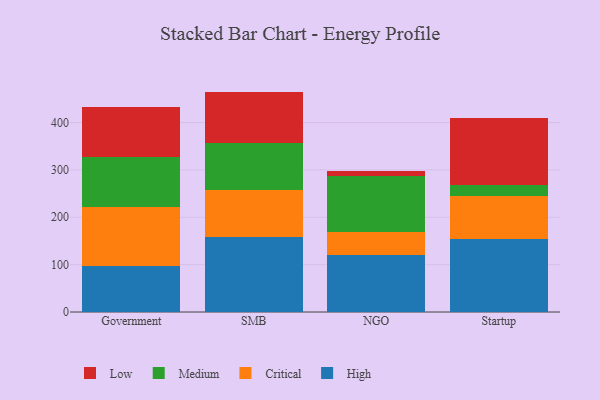
{"axis": {"x": "Segment", "y": "Page Views"}, "legend": ["Critical", "High", "Low", "Medium"], "data": [{"x": "Government", "y": 97.5, "type": "High"}, {"x": "Government", "y": 124.8, "type": "Critical"}, {"x": "Government", "y": 103.9, "type": "Medium"}, {"x": "Government", "y": 105.7, "type": "Low"}, {"x": "SMB", "y": 159.1, "type": "High"}, {"x": "SMB", "y": 97.9, "type": "Critical"}, {"x": "SMB", "y": 100.0, "type": "Medium"}, {"x": "SMB", "y": 108.3, "type": "Low"}, {"x": "NGO", "y": 121.3, "type": "High"}, {"x": "NGO", "y": 46.7, "type": "Critical"}, {"x": "NGO", "y": 119.4, "type": "Medium"}, {"x": "NGO", "y": 9.7, "type": "Low"}, {"x": "Startup", "y": 153.3, "type": "High"}, {"x": "Startup", "y": 90.6, "type": "Critical"}, {"x": "Startup", "y": 23.4, "type": "Medium"}, {"x": "Startup", "y": 141.6, "type": "Low"}]}